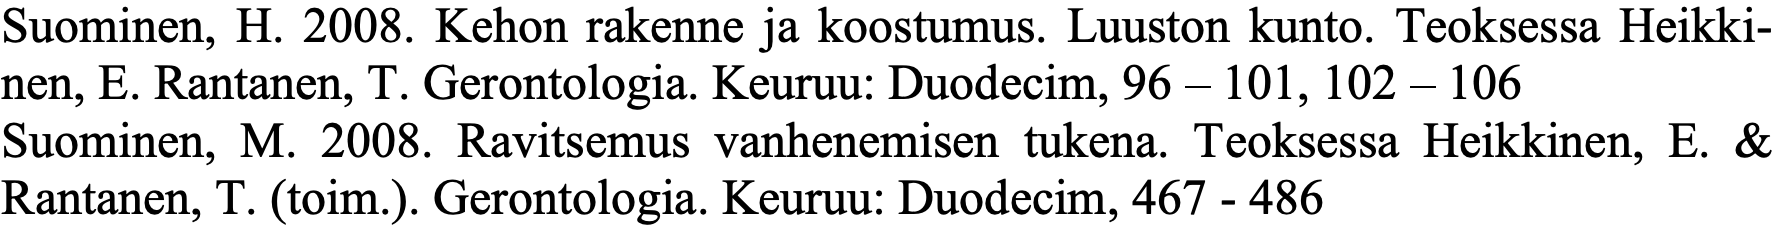
Suominen, H. 2008. Kehon rakenne ja koostumus. Luuston kunto. Teoksessa Heikki- nen, E. Rantanen, T. Gerontologia. Keuruu: Duodecim, 96 – 101, 102 – 106 Suominen, M. 2008. Ravitsemus vanhenemisen tukena. Teoksessa Heikkinen, E. & Rantanen, T. (toim.). Gerontologia. Keuruu: Duodecim, 467 - 486